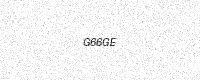
Text: G66GE